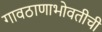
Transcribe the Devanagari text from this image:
गावठाणाभोवतीची